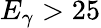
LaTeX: E_{\gamma}>25